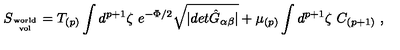
S _ { \mathrm { w o r l d \atop v o l } } = T _ { ( p ) } \int d ^ { p + 1 } \zeta \ e ^ { - \Phi / 2 } \sqrt { \vert d e t { \hat { G } } _ { \alpha \beta } \vert } + \mu _ { ( p ) } \int d ^ { p + 1 } \zeta \ C _ { ( p + 1 ) } \ ,